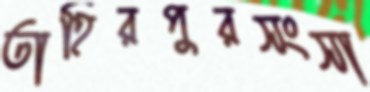
তাহিরপুরসংসা